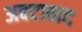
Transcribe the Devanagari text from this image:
अबटाबाद